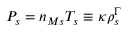
P _ { s } = n _ { M s } T _ { s } \equiv \kappa \rho _ { s } ^ { \Gamma }